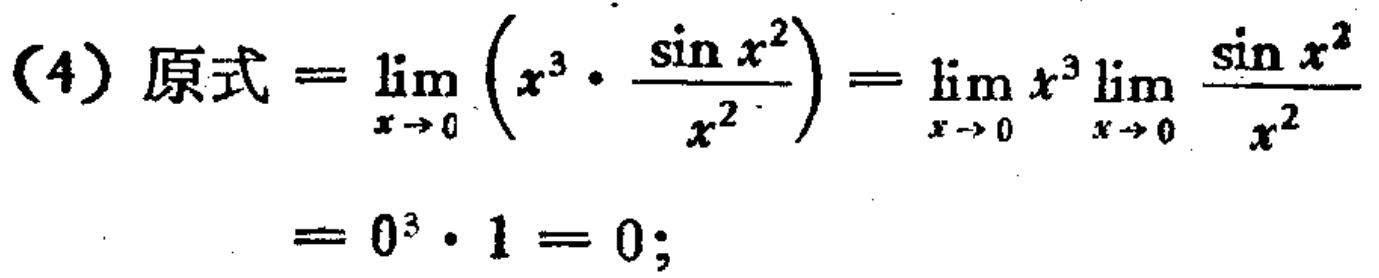
\[(4)\text{ 原式}=\lim_{x \to 0} \left(x^{3} \cdot \frac{\sin x^{2}}{x^{2}}\right)=\lim_{x \to 0} x^{3}\lim_{x \to 0} \frac{\sin x^{2}}{x^{2}} = 0^{3} \cdot 1 = 0;\]